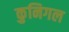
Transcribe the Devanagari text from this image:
कुनिगल